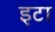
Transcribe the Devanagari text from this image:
इटा